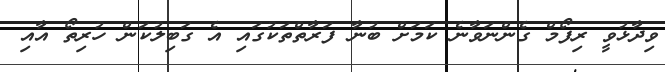
ވިދާޅުވީ ރިފޯމް ގެންނަވާނެ ކަމަށް ބުނާ ފަރާތްތަކުގައި އެ ގަބިލުކަން ހުރިތޯ އާއި